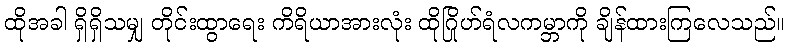
ထိုအခါ ရှိရှိသမျှ တိုင်းထွာရေး ကိရိယာအားလုံး ထိုဂြိုဟ်ရံလကမ္ဘာကို ချိန်ထားကြလေသည်။